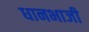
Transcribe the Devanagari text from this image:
धानभाजी